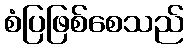
စံပြဖြစ်စေသည်